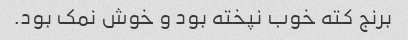
برنج کته خوب نپخته بود و خوش نمک بود.